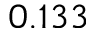
0 . 1 3 3